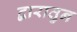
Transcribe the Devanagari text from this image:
द्वारातुन